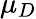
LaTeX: \mu_{D}